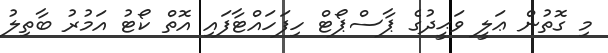
މި ގޮތުން ޢަލީ ވަޙީދުގެ ޕާސްޕޯޓް ހިފަހައްޓާފައި އޮތް ކޯޓު އަމުރު ބާތިލު